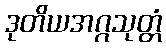
ဒုတိယအဂ္ဂသုတ္တံ